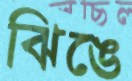
ঝিঙে